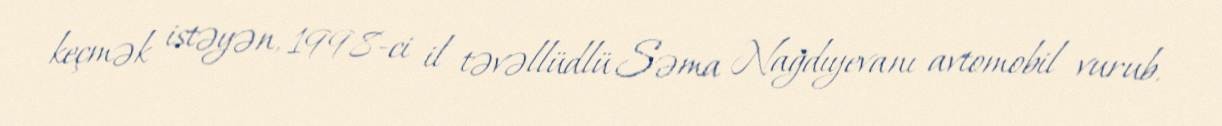
keçmək istəyən, 1998-ci il təvəllüdlü Səma Nağdıyevanı avtomobil vurub.